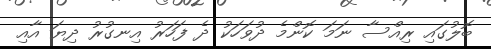
ބޮލުގައި ރިއްސާ ނަމަ ކޮންމެ ދުވަހަކު ދެ ފަހަރު އިނގުރު ދިޔަ އާއި